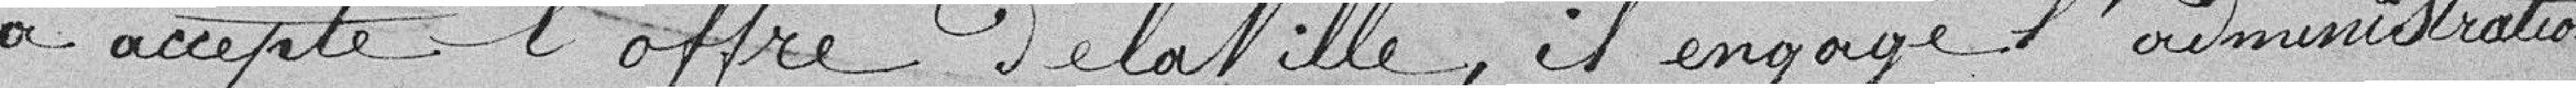
a accepté l'offre de la Ville, il engage l'administration